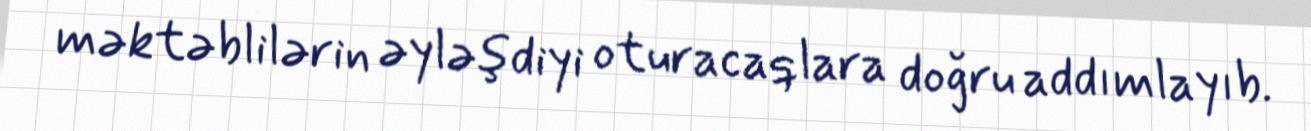
məktəblilərin əyləşdiyi oturacaqlara doğru addımlayıb.